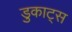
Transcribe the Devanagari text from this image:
डुकाट्स